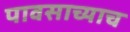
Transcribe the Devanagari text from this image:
पावसाच्याच